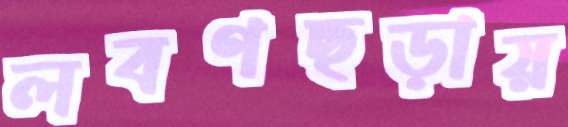
লবণছড়ায়